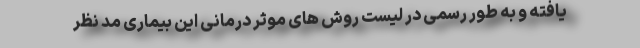
یافته و به طور رسمی در لیست روش های موثر درمانی این بیماری مد نظر